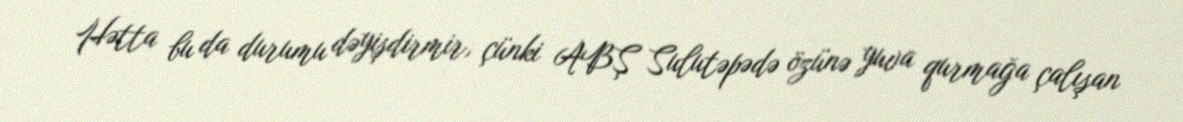
Hətta bu da durumu dəyişdirmir, çünki ABŞ Sulutəpədə özünə yuva qurmağa çalışan